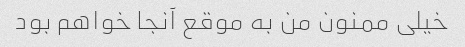
خیلی ممنون من به موقع آنجا خواهم بود